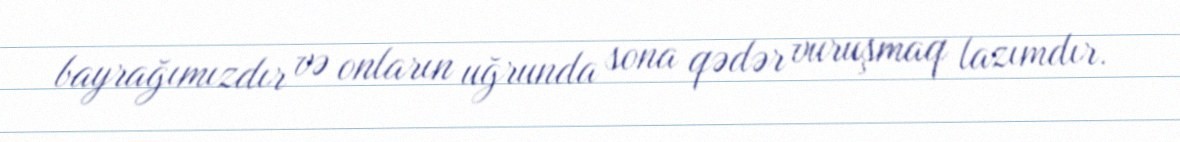
bayrağımızdır və onların uğrunda sona qədər vuruşmaq lazımdır.